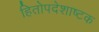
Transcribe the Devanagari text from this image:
हितोपदेशाष्टक